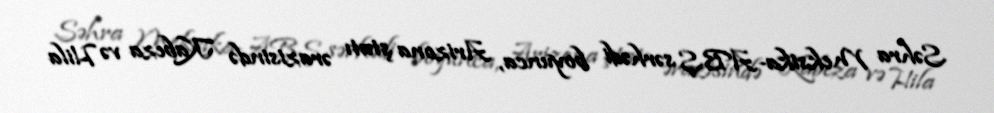
Səhra Meksika-ABŞ sərhədi boyunca, Arizona ştatı ərazisində Kabeza və Hila